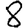
Digit: 8